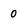
Character: 0